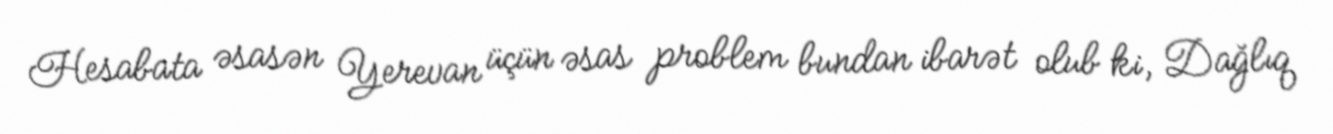
Hesabata əsasən Yerevan üçün əsas problem bundan ibarət olub ki, Dağlıq